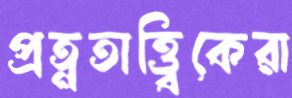
প্রত্নতাত্ত্বিকেরা